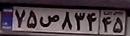
۷۵ص۸۳۴۴۵